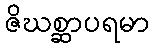
ဇိဃစ္ဆာပရမာ